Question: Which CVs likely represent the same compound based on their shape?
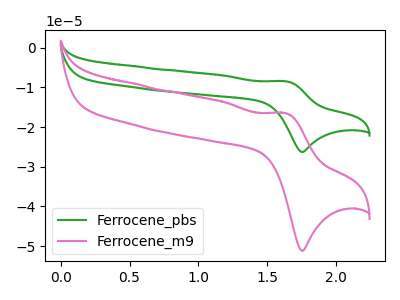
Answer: <think>The green curve "Ferrocene_pbs" has an anodic peak at (1.65V, -8.45uA) and a cathodic peak at (1.75V, -26.25uA). The pink curve "Ferrocene_m9" has an anodic peak at (1.65V, -16.45uA) and a cathodic peak at (1.75V, -51.15uA).
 All the peaks in "Ferrocene_pbs" have a peak in "Ferrocene_m9" at the same potential.</think>
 <answer>"Ferrocene_m9" and "Ferrocene_pbs" have the same shape and are likely CV's of the same chemical.</answer>
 <eval>"Ferrocene_m9" "Ferrocene_pbs"</eval>